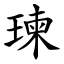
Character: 瑓